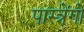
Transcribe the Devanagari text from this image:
पास्त्रेंगो